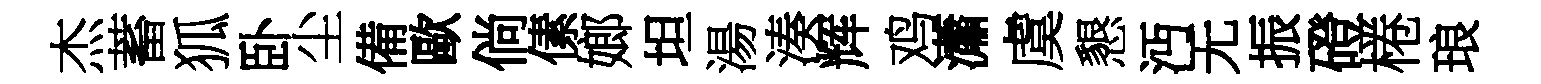
杰蓄狐卧尘備歐倘傃嫏坦湯湊辉鸡瀟虞懇沔无振磴棬琅